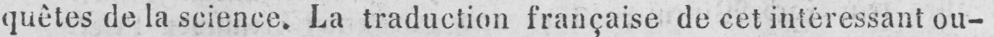
quêtes de la science. La traduction française de cet intéressant ou-